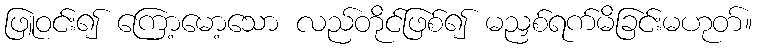
ဖြူဝင်း၍ ကြော့မော့သော လည်တိုင်ဖြစ်၍ မညှစ်ရက်မိခြင်းမဟုတ်။